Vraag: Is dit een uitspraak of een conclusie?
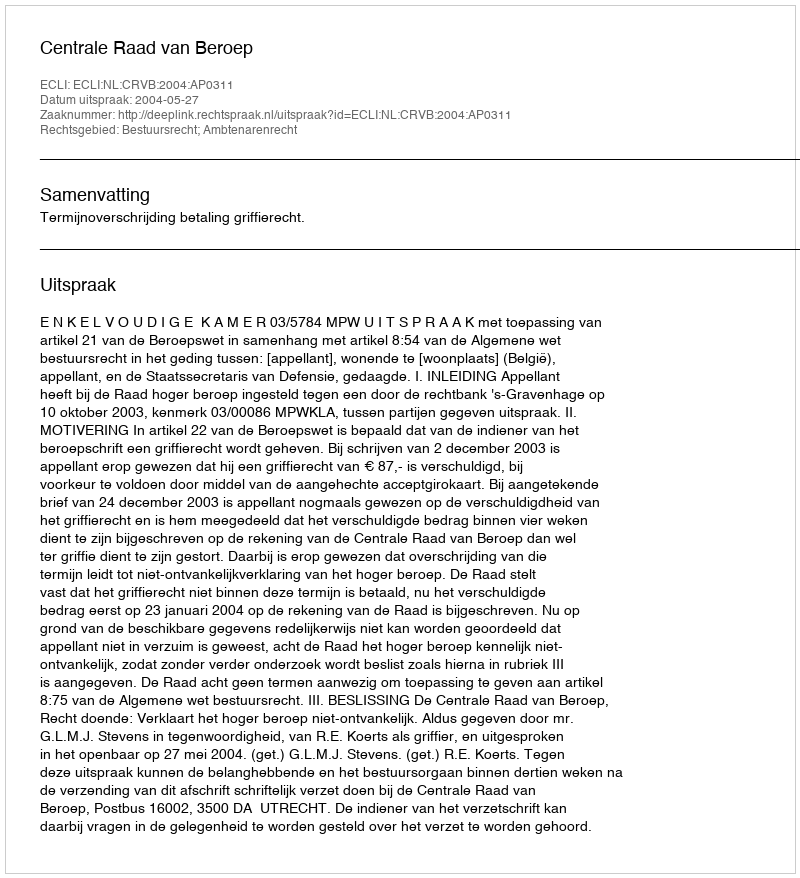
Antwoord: Uitspraak